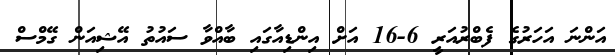
އަންނަ އަހަރުގެ ފެބްރުއަރީ 6-16 އަށް އިންޑިއާގައި ބާއްވާ ސައުތު އޭޝިއަން ގޭމްސް